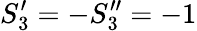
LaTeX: S_{3}^{\prime}=-S_{3}^{\prime\prime}=-1